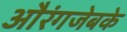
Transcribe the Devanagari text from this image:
औरंगजेबके